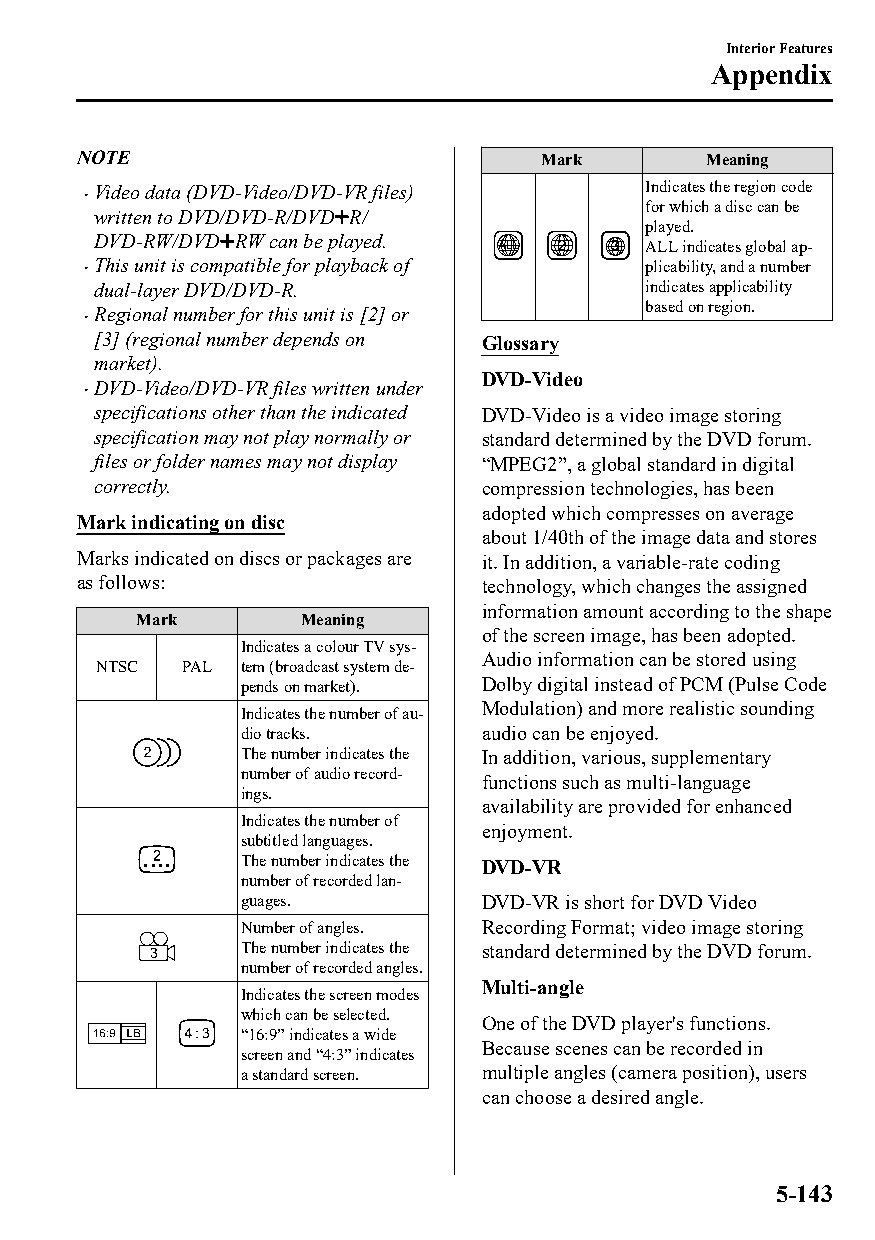
Interior Features
 Appendix
 NOTE                           Mark      Meaning
 Video data (DVD-Video/DVD-VR files) Indicates the region code
 
 for which a disc can be
 written to DVD/DVD-R/DVD R/
 played.
 DVD-RW/DVD RW can be played.
 ALL indicates global ap‐
 This unit is compatible for playback of plicability, and a number
 dual-layer DVD/DVD-R.               indicates applicability
 based on region.
 Regional number for this unit is [2] or
 
 [3] (regional number depends on Glossary
 market).
 DVD-Video
 DVD-Video/DVD-VR files written under
 
 specifications other than the indicated DVD-Video is a video image storing
 specification may not play normally or standard determined by the DVD forum.
 files or folder names may not display “MPEG2”, a global standard in digital
 correctly.                compression technologies, has been
 adopted which compresses on average
 Mark indicating on disc
 about 1/40th of the image data and stores
 Marks indicated on discs or packages are it. In addition, a variable-rate coding
 as follows:                technology, which changes the assigned
 information amount according to the shape
 Mark       Meaning
 of the screen image, has been adopted.
 Indicates a colour TV sys‐
 Audio information can be stored using
 NTSC  PAL tem (broadcast system de‐
 pends on market). Dolby digital instead of PCM (Pulse Code
 Modulation) and more realistic sounding
 Indicates the number of au‐
 dio tracks.     audio can be enjoyed.
 The number indicates the In addition, various, supplementary
 number of audio record‐
 functions such as multi-language
 ings.
 availability are provided for enhanced
 Indicates the number of
 enjoyment.
 subtitled languages.
 The number indicates the DVD-VR
 number of recorded lan‐
 guages.         DVD-VR is short for DVD Video
 Number of angles. Recording Format; video image storing
 The number indicates the standard determined by the DVD forum.
 number of recorded angles.
 Multi-angle
 Indicates the screen modes
 which can be selected.
 One of the DVD player's functions.
 “16:9” indicates a wide
 Because scenes can be recorded in
 screen and “4:3” indicates
 a standard screen. multiple angles (camera position), users
 can choose a desired angle.
 5-143
 CX-3_8GT4-EE-18D_Edition4                  2018-9-6 18:32:19